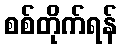
စစ်တိုက်ရန်